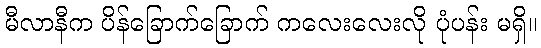
မီလာနီက ပိန်ခြောက်ခြောက် ကလေးလေးလို ပုံပန်း မရှိ။